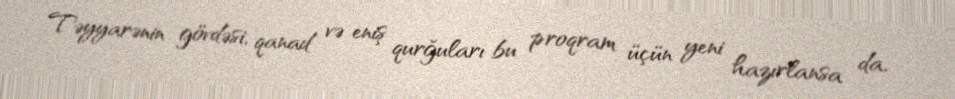
Təyyarənin gövdəsi, qanad və eniş qurğuları bu proqram üçün yeni hazırlansa da,